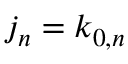
j _ { n } = k _ { 0 , n }